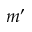
m ^ { \prime }